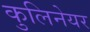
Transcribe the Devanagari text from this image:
कुलिनेयर